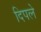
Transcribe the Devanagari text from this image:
दिपले